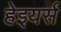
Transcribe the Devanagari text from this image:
हेइयर्स